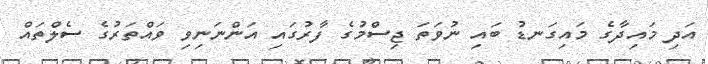
އަދި މައިދާގެ މައިގަނޑު ބައި ނުވަތަ ޖިސްމުގެ ފާރުގައި އަންނަނިވި ވައްތަރުގެ ސެލްތައް